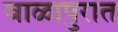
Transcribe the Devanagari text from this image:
बाळापुरात